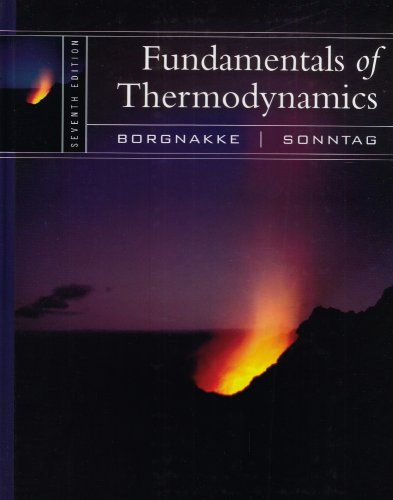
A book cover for Fundamentals of Thermodynamics; Claus Borgnakke; Science & Math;